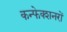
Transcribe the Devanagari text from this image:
कन्फेक्शनरों